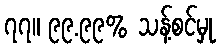
၇၇။ ၉၉.၉၉% သန့်စင်မှု